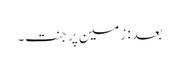
بعد: زمین پر جنت۔